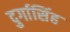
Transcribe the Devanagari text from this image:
दुर्गासिंह